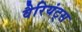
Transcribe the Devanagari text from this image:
वैरियंट्स